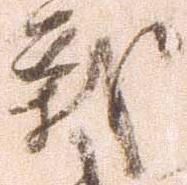
戦